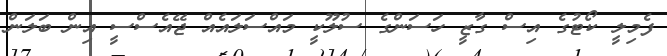
ފެމިލީ ކޯޓުގެ އިސް ގާޒީ ހަސަންގެ ސުލޫކީ މައްސަލައެއް ޖޭއެސްސީ އިން ބަލަން